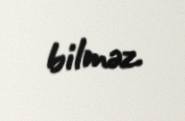
bilməz.